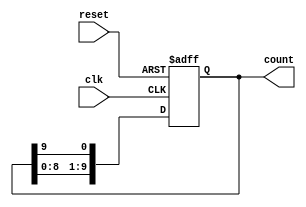
module DecadeRingCounter (
    input wire clk,        // Clock input
    input wire reset,      // Asynchronous reset
    output reg [9:0] count // 10-bit output representing the current count
);

// Initial state
initial begin
    count = 10'b0000000001; // Initialize to 0000 0001
end

// Always block for counting
always @(posedge clk or posedge reset) begin
    if (reset) begin
        count <= 10'b0000000001; // Reset to 0000 0001
    end else begin
        // Shift the '1' bit to the next position in the ring
        count <= {count[8:0], count[9]}; // Circular shift
    end
end

endmodule